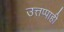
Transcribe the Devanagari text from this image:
उत्तप्पाही